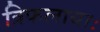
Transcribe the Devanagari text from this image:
त्रिफलायाः